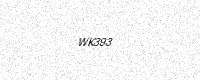
Text: WK393